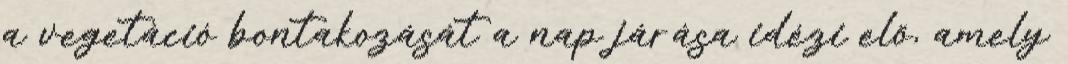
a vegetáció bontakozását a nap járása idézi elő, amely